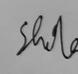
Signature authenticity: genuine